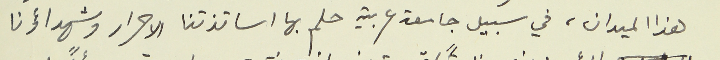
هذا الميدان، في سبيل جامعة عربية حلم بها اساتذتنا الاحرار وشهداؤنا